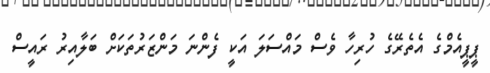
ޕީޕީއެމްގެ އެތެރޭގެ ހުރިހާ ވެސް މައްސަލަ އަކީ ފެންނަ މަންޒަރުތަކަށް ބަލާއިރު ރައީސް